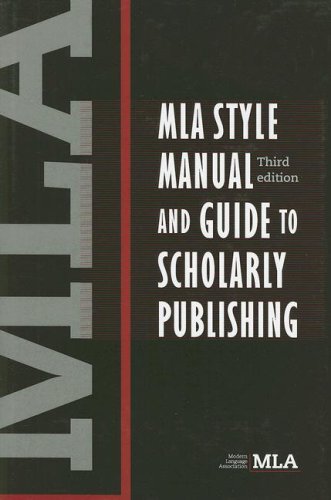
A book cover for MLA Style Manual and Guide to Scholarly Publishing, 3rd Edition; Modern Language Association; Medical Books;